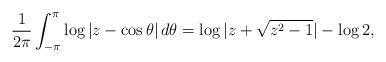
LaTeX: \begin{align*}\frac1{2\pi} \int_{-\pi}^{\pi}\log |z-\cos\theta| \,d\theta = \log|z+\sqrt{z^2-1}|- \log 2,\end{align*}